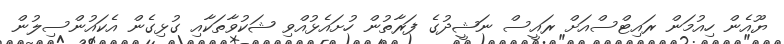
ޔޫއެން ހިއުމަން ރައިޓްސްއަށް ރައީސް ނަޝީދުގެ ފަރާތުން ހުށައެޅުއްވި ޝަކުވާތަކާއި ގުޅިގެން އެކައުންސިލުން